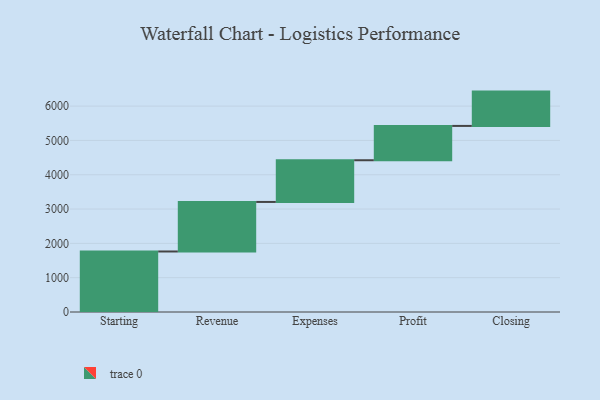
{"axis": {"x": "Step", "y": "Value"}, "legend": [""], "data": [{"x": "Starting", "y": 1763.0, "type": ""}, {"x": "Revenue", "y": 1444.0, "type": ""}, {"x": "Expenses", "y": 1215.0, "type": ""}, {"x": "Profit", "y": 1000, "type": ""}, {"x": "Closing", "y": 1000, "type": ""}]}